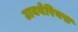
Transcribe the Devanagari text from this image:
टायबेरियस